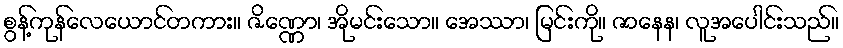
စွန့်ကုန်လေယောင်တကား။ ဇိဏ္ဏော၊ အိုမင်းသော။ အေဿာ၊ မြင်းကို။ ဇာနေန၊ လူအပေါင်းသည်။